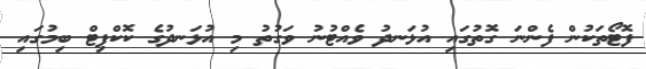
ފޮޓޯތަކުން ފެންނަ ގޮތުގައި އުޅަނދު ވެއްޓުނު ވަގުތު މި އުޅަނދުގެ ކޮކްޕިޓް ބިމުގައި